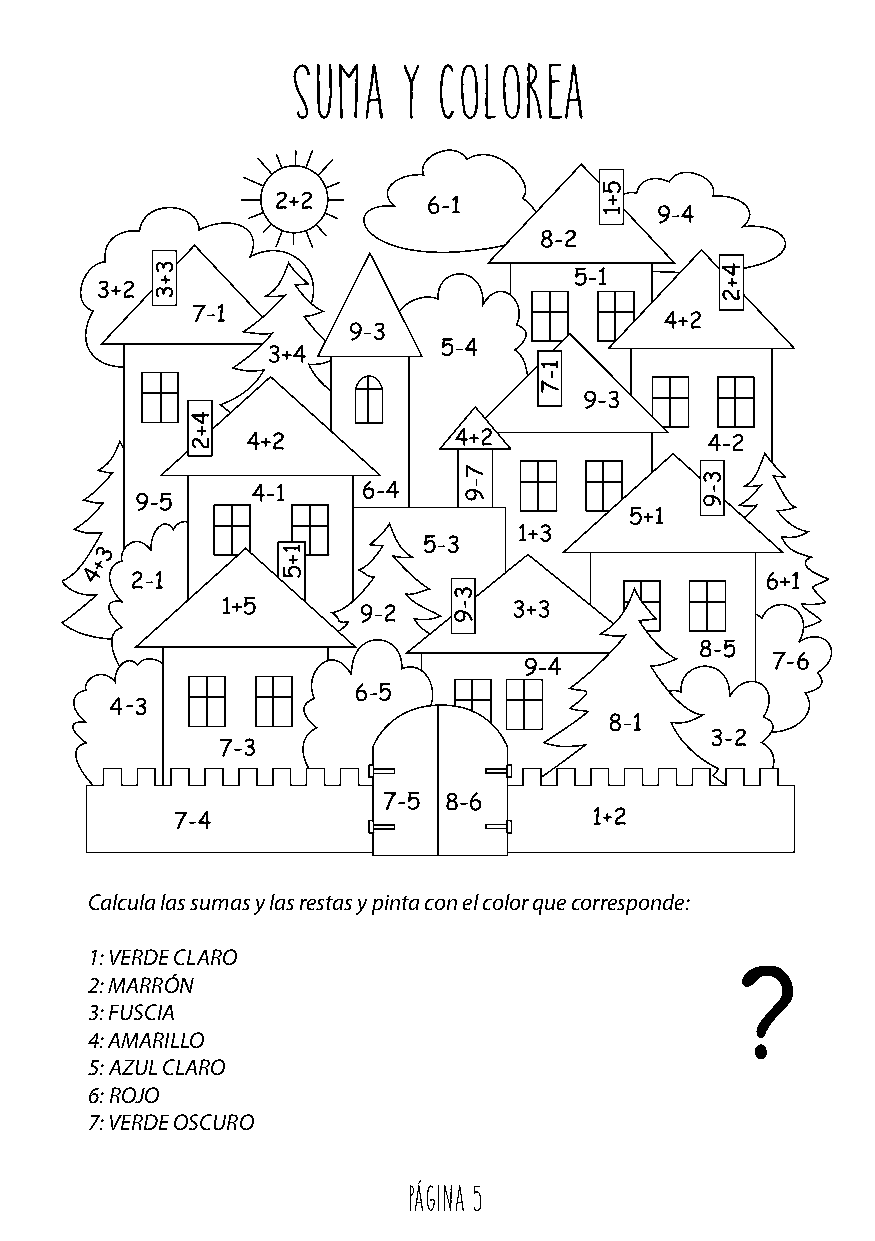
SUMA   Y  COLOREA
 Calcula las sumas y las restas y pinta con el color que corresponde:
 1: VERDE CLARO
 2: MARRÓN
 3: FUSCIA
 4: AMARILLO
 5: AZUL CLARO
 6: ROJO
 7: VERDE OSCURO
 Página 5